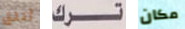
أتثق ترك مكان